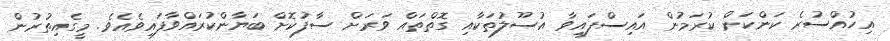
އިހުއްސުރެ ކަންކަން ކުރަމުން އައިސްފައިވާ އުސޫލުތަކާއި ގޮތްތައް ވަރަށް ސާފުކޮށް ބަޔާންކުރައްވާފައިވެއެވެ. މީގެއިތުރުން